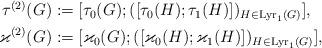
LaTeX: \begin{align*}\begin{aligned}\tau^{(2)}(G) &:=\lbrack\tau_0(G);(\lbrack\tau_0(H);\tau_1(H)\rbrack)_{H\in\mathrm{Lyr}_1(G)}\rbrack,\\\varkappa^{(2)}(G) &:=\lbrack\varkappa_0(G);(\lbrack\varkappa_0(H);\varkappa_1(H)\rbrack)_{H\in\mathrm{Lyr}_1(G)}\rbrack,\end{aligned}\end{align*}